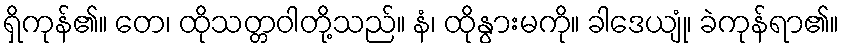
ရှိကုန်၏။ တေ၊ ထိုသတ္တဝါတို့သည်။ နံ၊ ထိုနွားမကို။ ခါဒေယျုံ၊ ခဲကုန်ရာ၏။